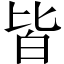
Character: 皆